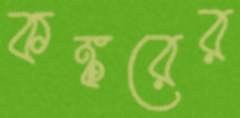
কঙ্করের